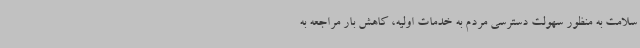
سلامت به منظور سهولت دسترسی مردم به خدمات اولیه، کاهش بار مراجعه به